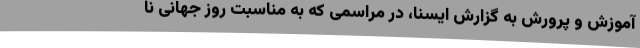
آموزش و پرورش به گزارش ایسنا، در مراسمی که به مناسبت روز جهانی نا